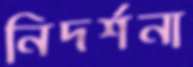
নিদর্শনা